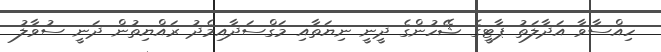
ހިއްސާވާ އަދާލަތު ޕާޓީގެ ޝޭހުންގެ ދީނީ ނިޔަތާއި މަގްސަދާއިމެދު ރައްޔިތުން ދަނީ ސުވާލު